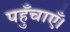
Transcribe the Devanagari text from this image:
पहुँचाएँ।